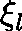
\mathbf { \xi } _ { l }